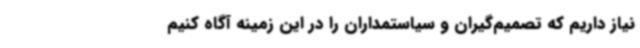
نیاز داریم که تصمیم‌گیران و سیاستمداران را در این زمینه آگاه کنیم